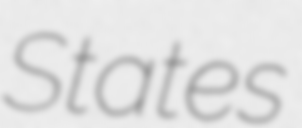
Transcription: States